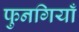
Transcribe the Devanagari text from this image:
फुनगियाँ